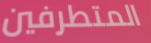
المتطرفين